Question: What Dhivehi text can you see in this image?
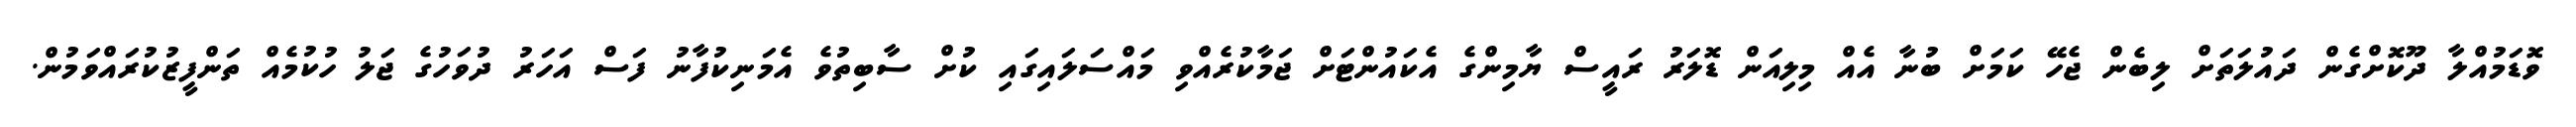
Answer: ވޮޑަމުއްލާ ދޫކޮށްގެން ދައުލަތަށް ލިބެން ޖެހޭ ކަމަށް ބުނާ އެއް މިލިއަން ޑޮލަރު ރައީސް ޔާމިންގެ އެކައުންޓަށް ޖަމާކުރެއްވި މައްސަލައިގައި ކުށް ސާބިތުވެ އެމަނިކުފާނު ފަސް އަހަރު ދުވަހުގެ ޖަލު ހުކުމެއް ތަންފީޒުކުރައްވަމުން.